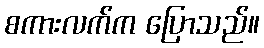
စကားလက်က ပြောသည်။